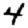
Digit: 4